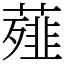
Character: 薤